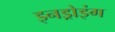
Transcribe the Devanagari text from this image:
इनड्रोइंग